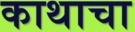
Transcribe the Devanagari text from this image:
काथाचा